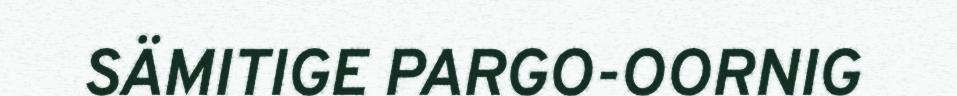
SÄMITIGE PARGO-OORNIG